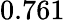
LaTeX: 0.761